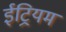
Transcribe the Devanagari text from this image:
ईट्रियम